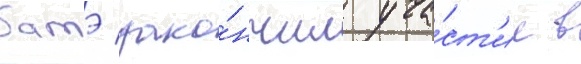
батэ зако́нчил уча́ст'ие в